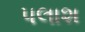
પલાશ